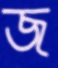
জ